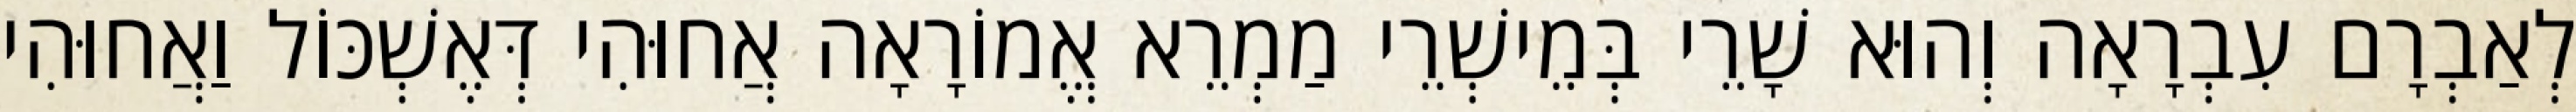
לְאַבְרָם עִבְרָאָה וְהוּא שָׁרֵי בְּמֵישְׁרֵי מַמְרֵא אֱמוֹרָאָה אֲחוּהִי דְּאֶשְׁכּוֹל וַאֲחוּהִי